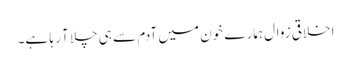
اخلاقی زوال ہمارے خون میں آدم سے ہی چلا آ رہا ہے۔